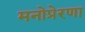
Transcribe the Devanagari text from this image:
मनोप्रेरणा